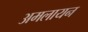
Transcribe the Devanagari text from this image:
अमलायन